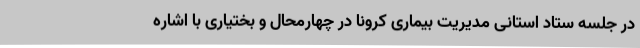
در جلسه ستاد استانی مدیریت بیماری کرونا در چهارمحال و بختیاری با اشاره